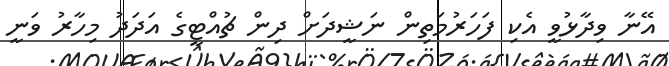
އޭނާ ވިދާޅުވީ އެކި ފަހަރުމަތިން ނަޝީދަށް ދިން ޗުއްޓީގެ އަދަދު މިހާރު ވަނީ